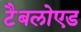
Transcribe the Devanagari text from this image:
टैबलोएड